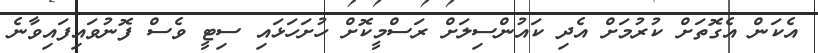
އެކަން އެގޮތަށް ކުރުމަށް އެދި ކައުންސިލަށް ރަސްމީކޮށް ހުށަހަޅައި ސިޓީ ވެސް ފޮނުވައިފައިވާނެ